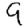
Digit: 9